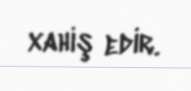
xahiş edir.